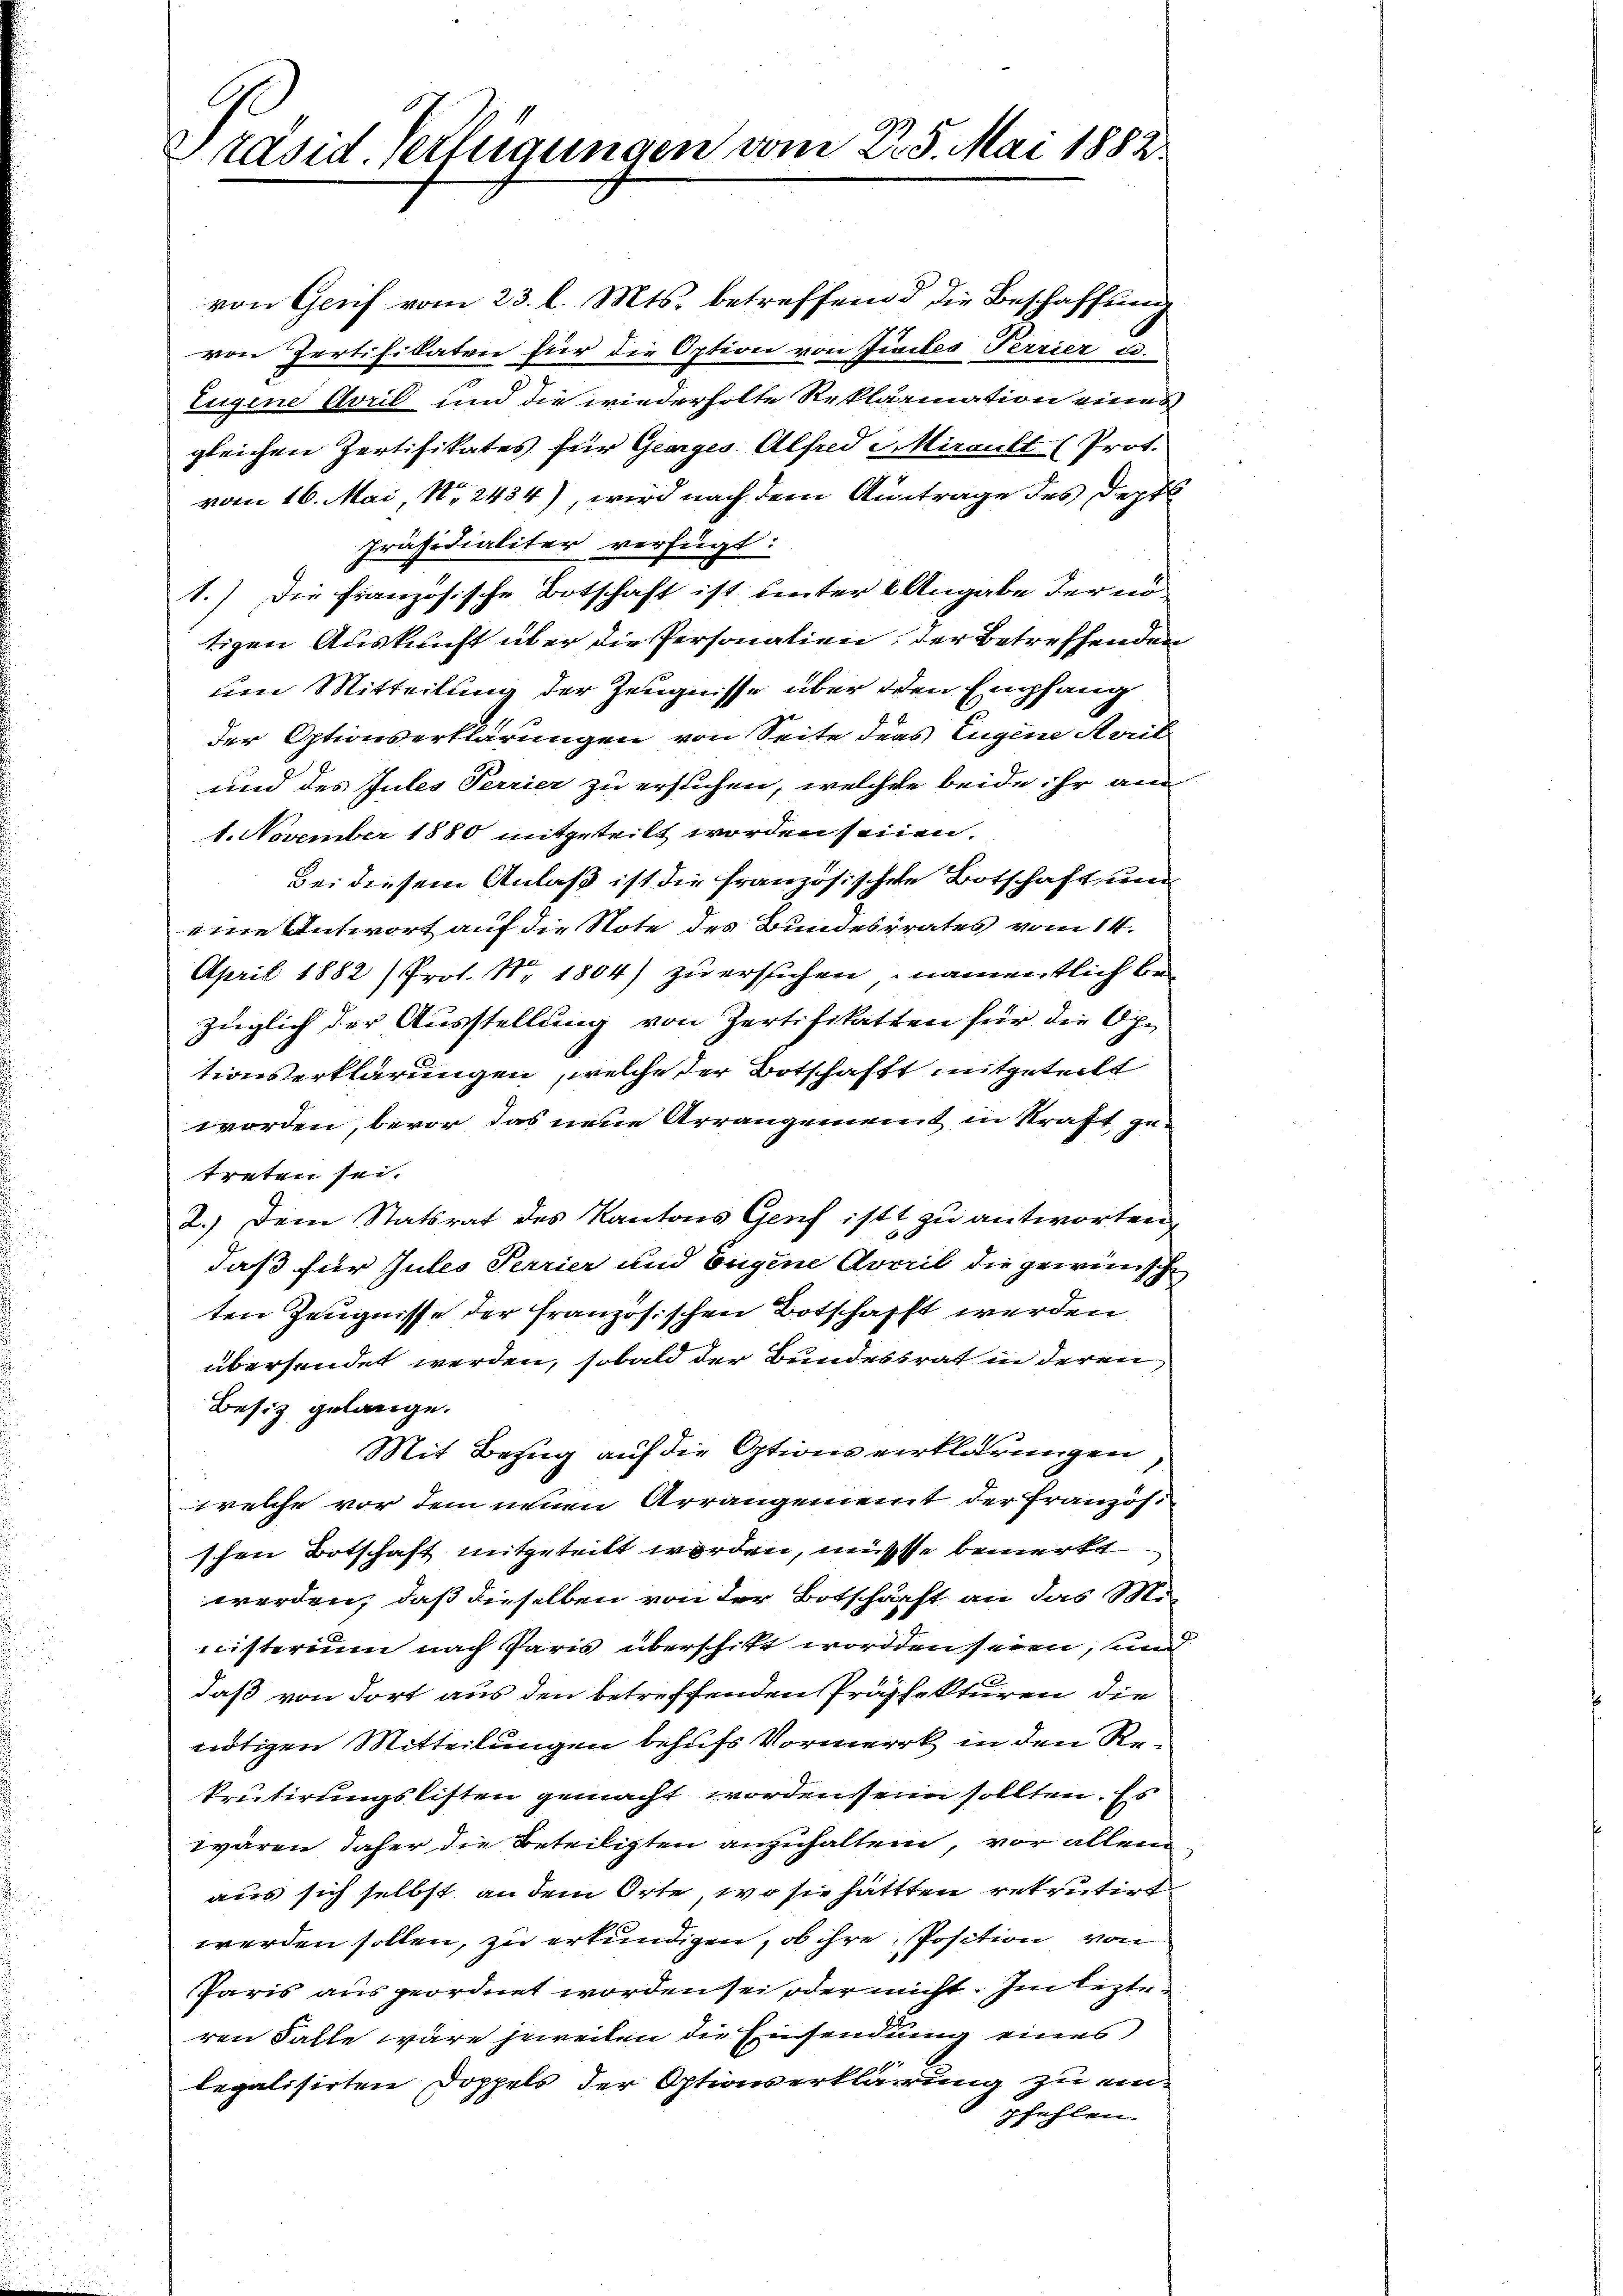
räsid. Verfügungen vom 25. Mai 1882.

und des Jules Terrier zu erstehen, welcher beide ihr am
1. November 1880 mitgeteilt worden seinen.
Bei diesem Anlaß ist die französischen Botschaft, und
eine Antwort auf die Note des Bundesrates vom 14.
April 1882) Prot. Nr. 1804) zu ersuchen, namentlich bezüglich der Ausstellung von Zertifikatten für die Optionserklärungen, welche der Botschaft mitgeteilt
worden, bevor das neue Arrangemeint in Straft, zutreten sei.
2.) Dem Statsrat des Kantons Genf ist zu antworten
daß für Gutes Perrier und Eugene Averil die gewinnisch
ten Zeugnisse der französischen Botschafft werden
übersendet werden, sobald der Bundessrat in deren
Besiz gelange.
Mit Bezug auf die Optione verklärungen
welche vor dem neuen Arrangemeint der Französ
schen Botschaft mitgeteilt worden, müßte bemerkt
werden, daß dieselben von der Botschärft an das Mo-
nisterium nach Paris überschikt worden seien, und
daß von dort aus den betreffenden Präphekturen, die
nötigen Mitteilungen behufs Vormerk in den Rekrutirungslisten gemacht worden sein sollten. Es
wären, daher die Beteiligten anzuhalten, vor allen
aus sich selbst an dem Orte, wo sie hättten rekrutirt
werden sollen, zu erkundigen, ob ihre Position von
Paris aus geordnet worden sei oder nicht. Im lezte
ren Falle wäre jeweilen die Einsendung eines
legalisirten Doppels der Optivverklärung zu einpfehlen.

von Gerif vom 23. l. Mts. betreffend die Beschaffung
von Pertifikaten für die Option von Ziviles Perrier u.
Eugene April und die wiederholte Reklariation eines
gleichen Zertifikates für Georges Alfred MMirault (Prot.
vom 16. Mai, No. 2434), wird nach dem Antrage des Deptl
Präsidialiter verfügt:
1.) Die französische Botschaft ist unter Angabe der nötigen Auskunft über die Personalien, der betreffenden
um Mitteilung der Zeugnisse über den Empfang
der Optionserklärungen von Seite des Eugene Arrit